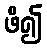
ဖိ၍